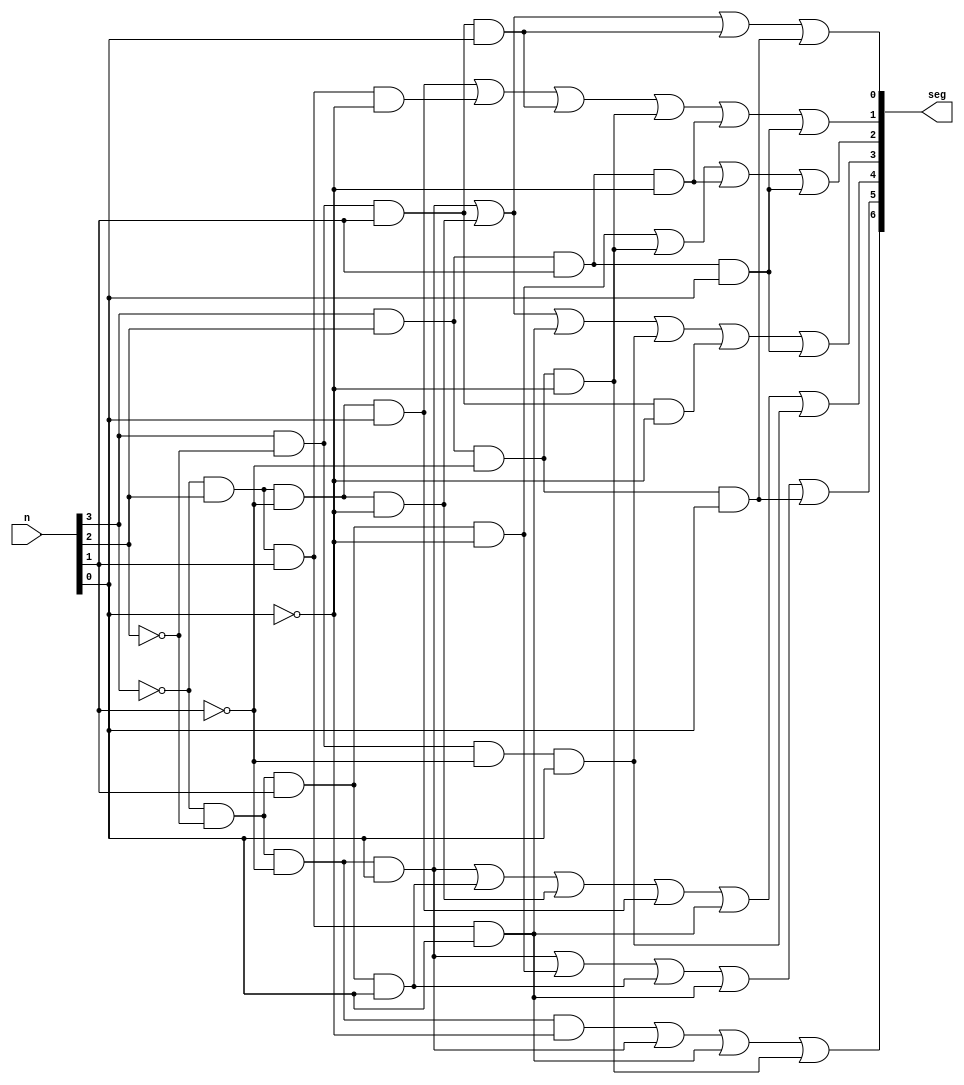
`timescale 1ns / 1ps
//////////////////////////////////////////////////////////////////////////////////
// Company: 
// Engineer: 
// 
// Design Name: 
// Module Name: hex7seg
// Project Name: 
// Target Devices: 
// Tool Versions: 
// Description: 
// 
// Dependencies: 
// 
// Revision:
// Revision 0.01 - File Created
// Additional Comments:
// 
//////////////////////////////////////////////////////////////////////////////////


module hex7seg(
        input [3:0]n,
        output [6:0]seg
    );
    
    assign seg[0] = (~n[3] & ~n[2] & ~n[1] & n[0]) | (~n[3] & n[2] & ~n[1] & ~n[0]) | (n[3] & ~n[2] &n[1] & n[0]) | (n[3] & n[2] & ~n[1] & n[0]);
    assign seg[1] = (~n[3] & n[2] & ~n[1] & n[0]) | (~n[3] & n[2] & n[1] & ~n[0]) | (n[3] & ~n[2] & n[1] & n[0]) | (n[3] & n[2] & ~n[1] & ~n[0]) | (n[3] & n[2] & n[1] & ~n[0]) | (n[3] & n[2] &n[1] & n[0]);
    assign seg[2] = (~n[3] & ~n[2] & n[1] & ~n[0]) | (n[3] & n[2] & ~n[1] & ~n[0]) | (n[3] & n[2] & n[1] & ~n[0]) | (n[3] & n[2] & n[1] & n[0]);
    assign seg[3] = (~n[3] & ~n[2] & ~n[1] & n[0]) | (~n[3] & n[2] & ~n[1] & ~n[0]) | (~n[3] & n[2] & n[1] & n[0]) | (n[3] & ~n[2] & ~n[1] & n[0]) | (n[3] & ~n[2] & n[1] & ~n[0]) | (n[3] & n[2] & n[1] & n[0]);
    assign seg[4] = (~n[3] & ~n[2] & ~n[1] & n[0]) | (~n[3] & ~n[2] & n[1] & n[0]) | (~n[3] & n[2] & ~n[1] & ~n[0]) | (~n[3] & n[2] & ~n[1] & n[0]) | (~n[3] & n[2] & n[1] & n[0]) | (n[3] & ~n[2] & ~n[1] & n[0]);
    assign seg[5] = (~n[3] & ~n[2] & ~n[1] & n[0]) | (~n[3] & ~n[2] & n[1] & ~n[0]) | (~n[3] & ~n[2] & n[1] & n[0]) | (~n[3] & n[2] & n[1] & n[0]) | (n[3] & n[2] & ~n[1] & n[0]);
    assign seg[6] = (~n[3] & ~n[2] & ~n[1] & ~n[0]) | (~n[3] & ~n[2] & ~n[1] & n[0]) | (~n[3] & n[2] & n[1] & n[0]) | (n[3] & n[2] & ~n[1] & ~n[0]);
    
endmodule